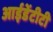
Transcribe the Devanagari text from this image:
आईडेंटीटी